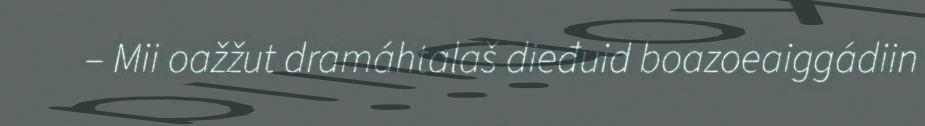
– Mii oažžut dramáhtalaš dieđuid boazoeaiggádiin